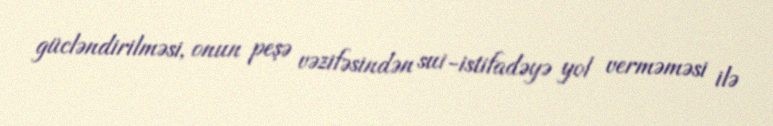
gücləndirilməsi, onun peşə vəzifəsindən sui-istifadəyə yol verməməsi ilə